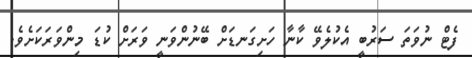
ފެޓް ނުވަތަ ސަރުބީ އެކުލެވޭ ކާނާ ހަށިގަނޑަށް ބޭނުންވަނީ ވަރަށް ކުޑަ މިންވަރަކަށެވެ.